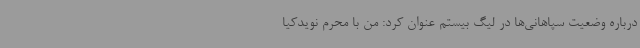
درباره وضعیت سپاهانی‌ها در لیگ بیستم عنوان کرد: من با محرم نویدکیا